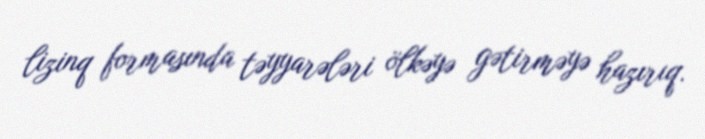
lizinq formasında təyyarələri ölkəyə gətirməyə hazırıq.